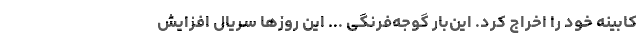
کابینه خود را اخراج کرد. این‌بار گوجه‌فرنگی ... این روزها سریال افزایش